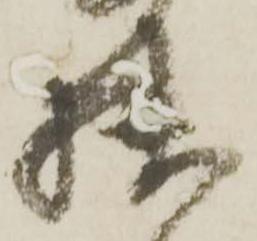
狭